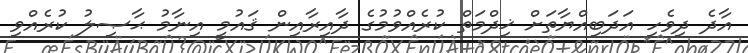
އާދެ ދިވެހި އަދަބިއްޔާތަށް ޚިދްމަތް ކުރެއްވުމުގެ ދާއިރާއިން ޤައުމީ އިނާމު ޙާޞިލު ކުރެއްވި